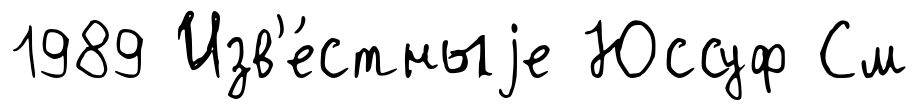
1989 Изв'е́стныjе Юссуф См